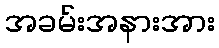
အခမ်းအနားအား